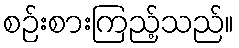
စဉ်းစားကြည့်သည်။